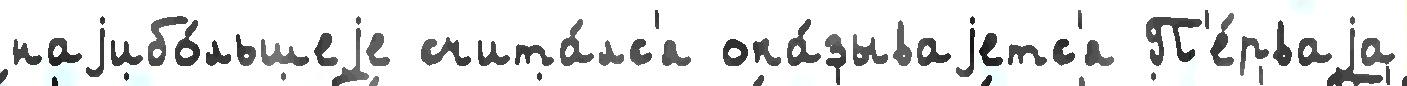
наjибо́льшеjе счита́лс'я ока́зываjетс'я П'е́рваjа